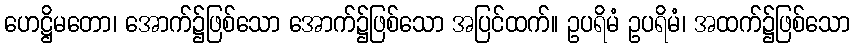
ဟေဋ္ဌိမတော၊ အောက်၌ဖြစ်သော အောက်၌ဖြစ်သော အပြင်ထက်။ ဥပရိမံ ဥပရိမံ၊ အထက်၌ဖြစ်သော